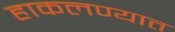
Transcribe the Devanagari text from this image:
हाकलण्यात